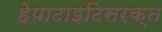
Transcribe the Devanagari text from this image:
हेपाटाइटिसरक्त